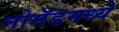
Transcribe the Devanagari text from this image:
नोमॅडमध्ये